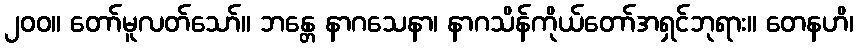
၂၀၀။ တော်မူလတ်သော်။ ဘန္တေ နာဂသေနာ၊ နာဂသိန်ကိုယ်တော်အရှင်ဘုရား။ တေနဟိ၊